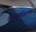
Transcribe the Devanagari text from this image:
काव्यसमीक्षात्मक